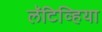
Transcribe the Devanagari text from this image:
लॅटिव्हिया